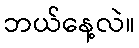
ဘယ်နေ့လဲ။